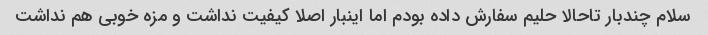
سلام چندبار تاحالا حلیم سفارش داده بودم اما اینبار اصلا کیفیت نداشت و مزه خوبی هم نداشت